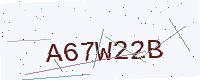
Text: A67W22B